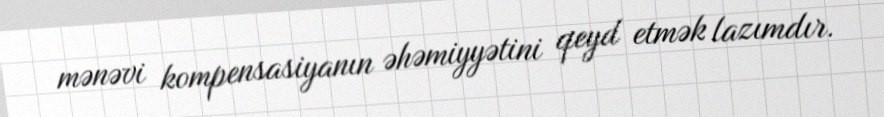
mənəvi kompensasiyanın əhəmiyyətini qeyd etmək lazımdır.